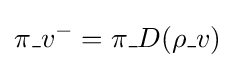
\pi \_v^{-}=\pi \_D(\rho \_v)